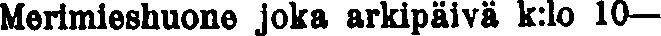
Merimieshuone joka arkipäivä k:lo 10—